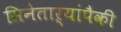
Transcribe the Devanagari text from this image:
सिनेताऱ्यांपैकी